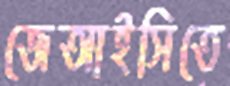
জেআইসিতে